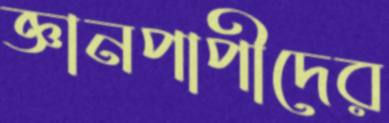
জ্ঞানপাপীদের